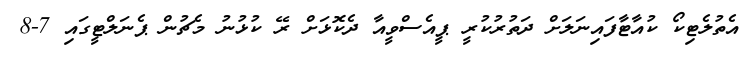
އެތުލެޓިކޯ ކުއާޓާފައިނަލަށް ދަތުރުކުރީ ޕީއެސްވީއާ ދެކޮޅަށް ރޭ ކުޅުނު މެޗުން ޕެނަލްޓީގައި 7-8